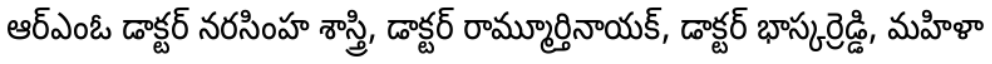
ఆర్ఎంఓ డాక్టర్ నరసింహ శాస్త్రి, డాక్టర్ రామ్మూర్తినాయక్, డాక్టర్ భాస్కర్రెడ్డి, మహిళా